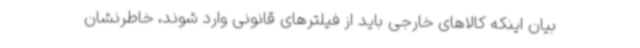
بیان اینکه کالاهای خارجی باید از فیلترهای قانونی وارد شوند، خاطرنشان